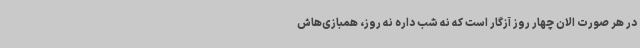
در هر صورت الان چهار روز آزگار است که نه شب داره نه روز، همبازی‌هاش